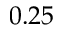
0 . 2 5